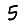
Digit: 5